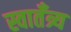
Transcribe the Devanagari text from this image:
स्वातँत्र्य